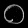
Digit: ၀